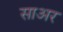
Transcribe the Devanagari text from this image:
साअर